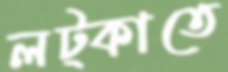
লট্‌কাতে